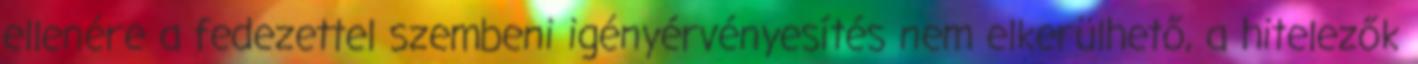
ellenére a fedezettel szembeni igényérvényesítés nem elkerülhető, a hitelezők